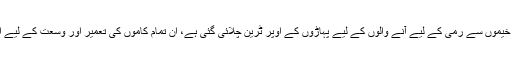
اسی طرح منیٰ کے دور دراز خیموں سے رمی کے لیے آنے والوں کے لیے پہاڑوں کے اوپر ٹرین چلائی گئی ہے، ان تمام کاموں کی تعمیر اور وسعت کے لیے اربوں ڈالر کا ایک فنڈ قائم ہے۔